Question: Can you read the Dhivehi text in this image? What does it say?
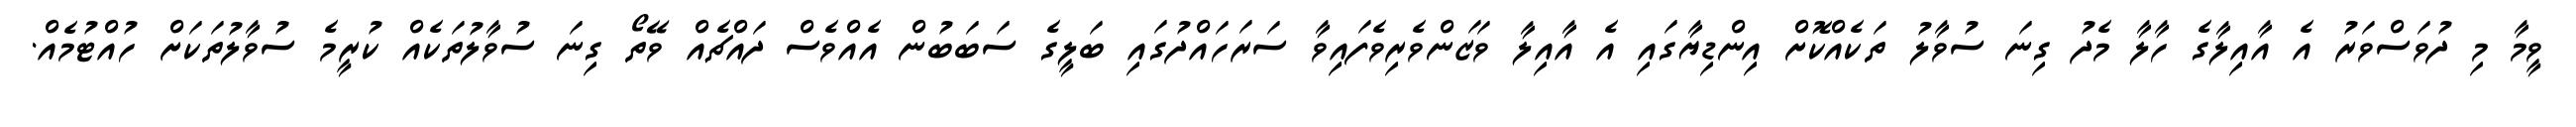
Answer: ވީމާ މި ދުވަސްވަރު އެ އާއިލާގެ ހާލާ މެދު ގިނަ ސުވާލު ތަކެއްކޮށް އިންޑިޔާގައި އެ އާއިލާ ވަޒަންވެރިވެފައިވާ ސަރަހައްދުގައި ބަލީގެ ސަބަބުން އެއްވެސް ދައްޗެއް ވޭތޯ ގިނަ ސުވާލުތަކެއް ކުރީމެ ސުވާލުތަކަށް ހުއްޓުމެއް.